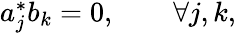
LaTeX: \begin{array}{r}{a_{j}^{*}b_{k}=0,\qquad\forall j,k,}\end{array}